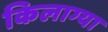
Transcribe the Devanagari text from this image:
किलाग्या